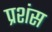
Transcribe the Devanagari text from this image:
प्रशंस